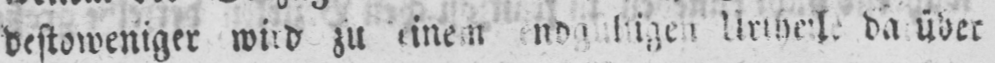
da über